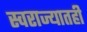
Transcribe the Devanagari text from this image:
स्वराज्यातही